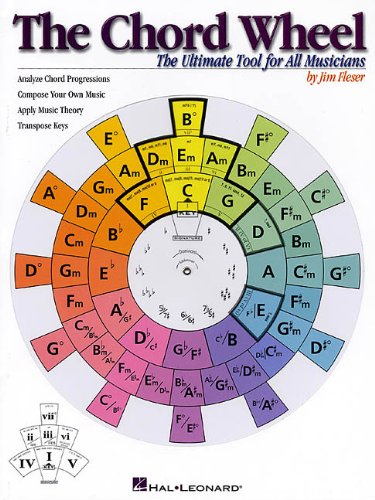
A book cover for The Chord Wheel: The Ultimate Tool for All Musicians; Jim Fleser; Humor & Entertainment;